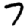
Digit: 7